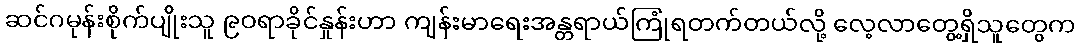
ဆင်ဂမုန်းစိုက်ပျိုးသူ ၉ဝရာခိုင်နှုန်းဟာ ကျန်းမာရေးအန္တရာယ်ကြုံရတက်တယ်လို့ လေ့လာတွေ့ရှိသူတွေက